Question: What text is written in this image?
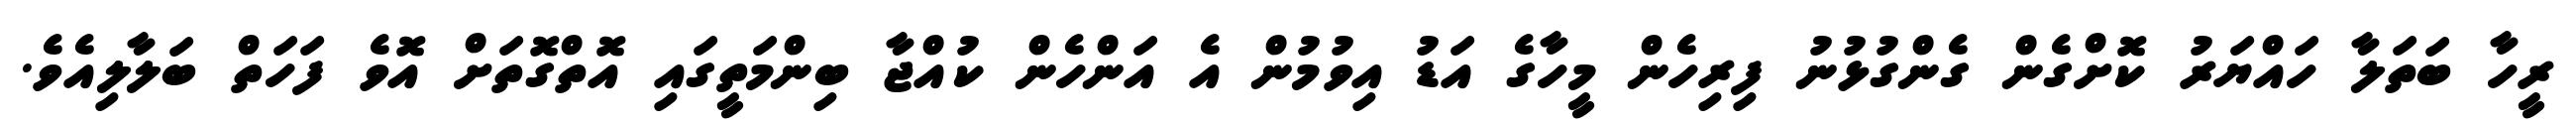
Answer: ރީހާ ބަތަލާ ހައްޔަރު ކޮށްގެން ގެންގުޅުނު ފިރިހެން މީހާގެ އަޑު އިވުމުން އެ އަންހެން ކުއްޖާ ބިންމަތީގައި އޮތްގޮތަށް އޮވެ ފަހަތް ބަލާލިއެވެ.